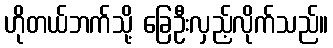
ဟိုတယ်ဘက်သို့ ခြေဦးလှည့်လိုက်သည်။